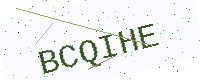
Text: BCQIHE